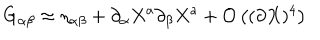
G _ { \alpha \beta } \approx \eta _ { \alpha \beta } + \partial _ { \alpha } X ^ { a } \partial _ { \beta } X ^ { a } + { \cal O } \left( ( \partial X ) ^ { 4 } \right)